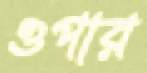
ওপার